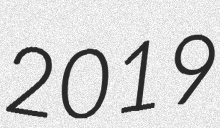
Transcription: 2019